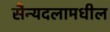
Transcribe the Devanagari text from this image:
सैन्यदलामधील